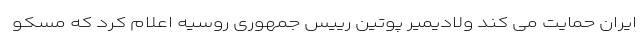
ایران حمایت می کند ولادیمیر پوتین رییس جمهوری روسیه اعلام کرد که مسکو